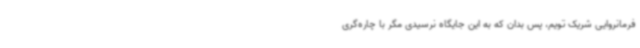
فرمانروایی شریک تویم، پس بدان که به این جایگاه نرسیدی مگر با چاره‌گری